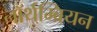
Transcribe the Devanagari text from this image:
नॉर्थम्ब्रियन